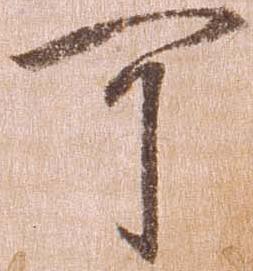
可